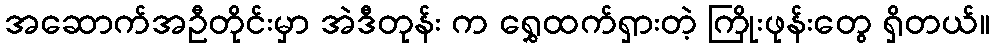
အဆောက်အဦတိုင်းမှာ အဲဒီတုန်း က ရွှေထက်ရှားတဲ့ ကြိုးဖုန်းတွေ ရှိတယ်။